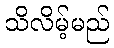
သိလိမ့်မည်